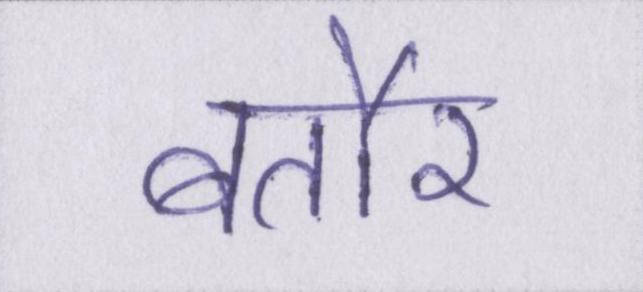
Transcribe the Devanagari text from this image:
बतौर